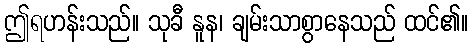
ဤရဟန်းသည်။ သုခီ နူန၊ ချမ်းသာစွာနေသည် ထင်၏။